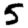
Digit: 5